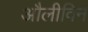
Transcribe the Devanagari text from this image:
औलीविन